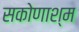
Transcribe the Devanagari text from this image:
सकोणाश्म